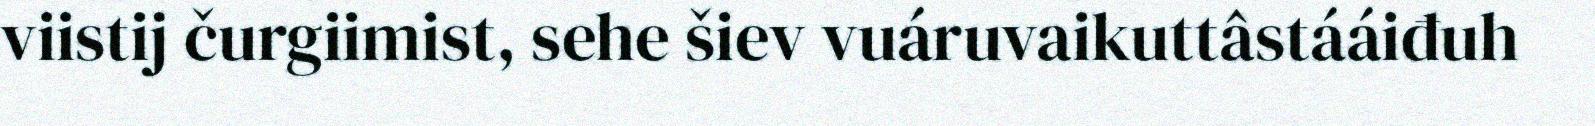
viistij čurgiimist, sehe šiev vuáruvaikuttâstááiđuh